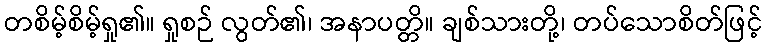
တစိမ့်စိမ့်ရှု၏။ ရှုစဉ် လွတ်၏၊ အနာပတ္တိ။ ချစ်သားတို့၊ တပ်သောစိတ်ဖြင့်